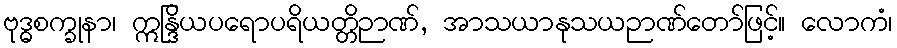
ဗုဒ္ဓစက္ခုနာ၊ ဣန္ဒြိယပရောပရိယတ္တိဉာဏ်, အာသယာနုသယဉာဏ်တော်ဖြင့်။ လောကံ၊